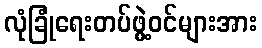
လုံခြုံရေးတပ်ဖွဲ့ဝင်များအား